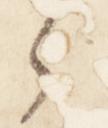
之